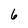
Character: 6